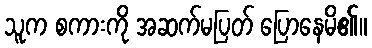
သူက စကားကို အဆက်မပြတ် ပြောနေမိ၏။